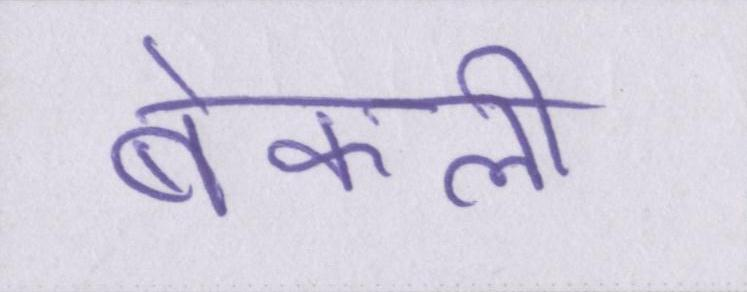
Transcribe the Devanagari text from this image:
बेकली